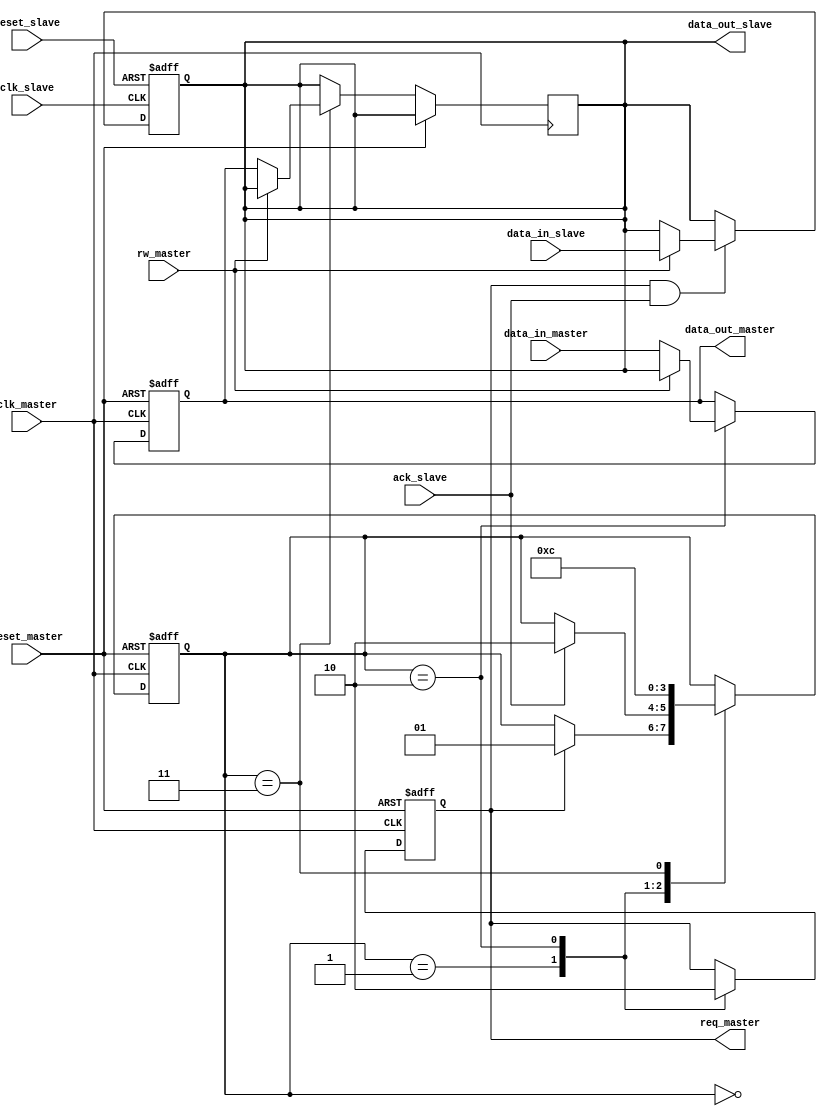
module async_handshake #(
    parameter DATA_WIDTH = 8 // Define the data width (8-bit by default)
)(
    // Master interface
    input wire clk_master,             // Clock for the master (not used in handshake, just for simulation purposes)
    input wire reset_master,           // Reset signal for master
    input wire [DATA_WIDTH-1:0] data_in_master, // Data input from master (for write)
    output reg [DATA_WIDTH-1:0] data_out_master, // Data output to master (for read)
    output reg req_master,             // Request signal from master
    input wire ack_slave,              // Acknowledge signal from slave

    // Slave interface
    input wire clk_slave,              // Clock for the slave (not used in handshake, just for simulation purposes)
    input wire reset_slave,            // Reset signal for slave
    output reg [DATA_WIDTH-1:0] data_out_slave, // Data output from slave (for read)
    input wire [DATA_WIDTH-1:0] data_in_slave,  // Data input to slave (for write)
    input wire rw_master               // Read/Write control signal from master (1 for read, 0 for write)
);

    // Internal states
    reg [1:0] state;                   // State register
    localparam IDLE = 2'b00,           // Idle state
               REQUEST = 2'b01,        // Requesting state
               WAIT_ACK = 2'b10,      // Waiting for ACK
               DATA_TRANSFER = 2'b11;  // Data transfer state

    // Master state machine
    always @(posedge clk_master or posedge reset_master) begin
        if (reset_master) begin
            state <= IDLE;
            req_master <= 0;
            data_out_master <= 0;
        end else begin
            case (state)
                IDLE: begin
                    if (req_master) begin
                        state <= REQUEST; // Move to request state
                    end
                end
                REQUEST: begin
                    req_master <= 1; // Assert request
                    if (ack_slave) begin
                        state <= WAIT_ACK; // Move to waiting for acknowledgment state
                    end
                end
                WAIT_ACK: begin
                    req_master <= 0; // Deassert request
                    if (rw_master == 1) begin                       // Read operation
                        data_out_master <= data_out_slave;         // Read data from slave
                    end else begin                                  // Write operation
                        data_out_master <= data_in_master;         // Send data to slave
                    end
                    state <= DATA_TRANSFER;                         // Move to data transfer state
                end
                DATA_TRANSFER: begin
                    if (rw_master == 0) begin
                        // Write operation
                        data_out_slave <= data_out_master;       // Capture data from master
                    end else begin
                        // Read operation (Slave already prepared data)
                    end
                    state <= IDLE;                                // Return to idle state
                end
                default: state <= IDLE;                         // Default case
            endcase
        end
    end

    // Slave state machine
    always @(posedge clk_slave or posedge reset_slave) begin
        if (reset_slave) begin
            data_out_slave <= 0;                            // Initialize output data to zero
        end else begin
            if (req_master && ack_slave) begin
                // Prepare data to send in case of read
                if (rw_master == 1) begin
                    data_out_slave <= data_in_slave;         // Place data on the bus for reading
                end
            end
        end
    end

endmodule